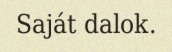
Saját dalok.